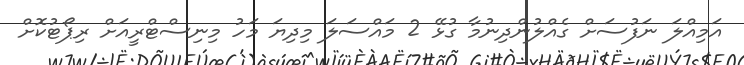
އަމިއްލަ ނަފުސަށް ގެއްލުންދިނުމާ ގުޅޭ 2 މައްސަލަ މިދިޔަ މަހު މިނިސްޓްރީއަށް ރިޕޯޓުކޮށް